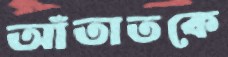
আঁতাতকে